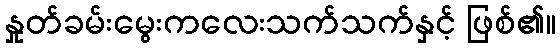
နှုတ်ခမ်းမွေးကလေးသက်သက်နှင့် ဖြစ်၏။